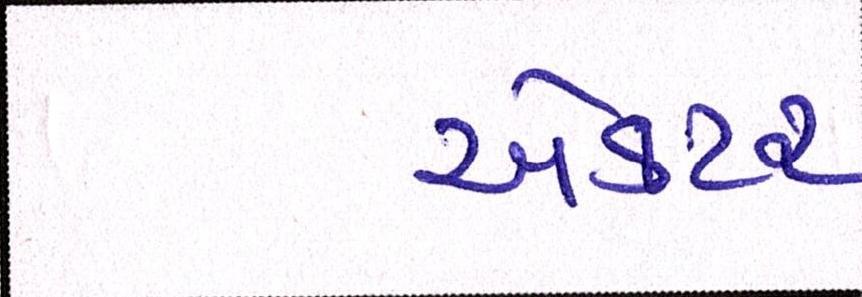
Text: ઍક્ટર